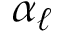
\alpha _ { \ell }